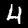
Digit: 4